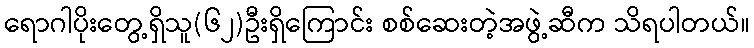
ရောဂါပိုးတွေ့ရှိသူ(၆၂)ဦးရှိကြောင်း စစ်ဆေးတဲ့အဖွဲ့ဆီက သိရပါတယ်။